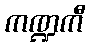
ကဏ္ဍကီ